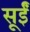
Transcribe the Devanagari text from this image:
सूईं